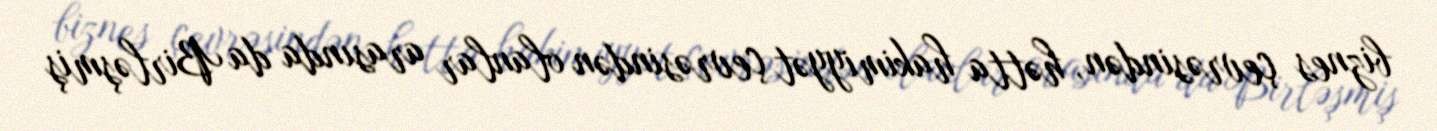
biznes çevrəsindən, hətta hakimiyyət çevrəsindən olanlar arasında da Birləşmiş